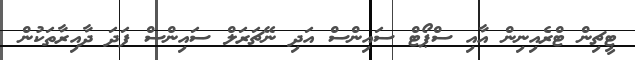
ޓީޗިން ޓްރެއިނިން އާއި ސްޕޯޓް ސައިންސް އަދި ނޭޗަރަލް ސައިންސް ފަދަ ދާއިރާތަކުން